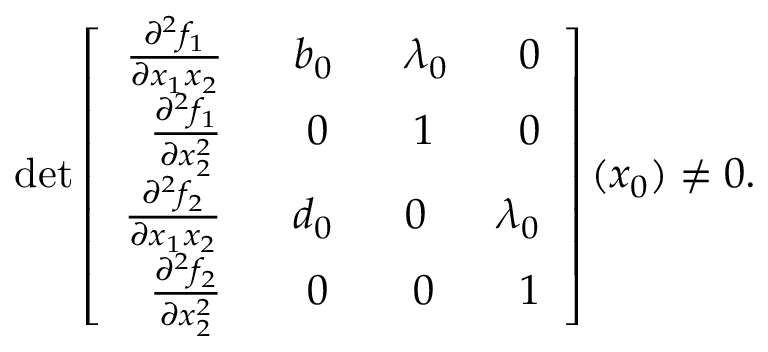
\operatorname* { d e t } \left[ \begin{array} { r } { \frac { \partial ^ { 2 } f _ { 1 } } { \partial x _ { 1 } x _ { 2 } } \ \ \ \ \ b _ { 0 } \ \ \ \ \ \lambda _ { 0 } \ \ \ \ \ 0 } \\ { \frac { \partial ^ { 2 } f _ { 1 } } { \partial x _ { 2 } ^ { 2 } } \ \ \ \ \ \ 0 \ \ \ \ \ \ 1 \ \ \ \ \ \ 0 } \\ { \frac { \partial ^ { 2 } f _ { 2 } } { \partial x _ { 1 } x _ { 2 } } \ \ \ \ \ d _ { 0 } \ \ \ \ \ 0 \ \ \ \ \ \lambda _ { 0 } } \\ { \frac { \partial ^ { 2 } f _ { 2 } } { \partial x _ { 2 } ^ { 2 } } \ \ \ \ \ \ 0 \ \ \ \ \ \ 0 \ \ \ \ \ \ 1 } \end{array} \right] ( { x _ { 0 } } ) \ne 0 .